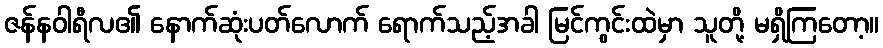
ဇန်နဝါရီလ၏ နောက်ဆုံးပတ်လောက် ရောက်သည့်အခါ မြင်ကွင်းထဲမှာ သူတို့ မရှိကြတော့။